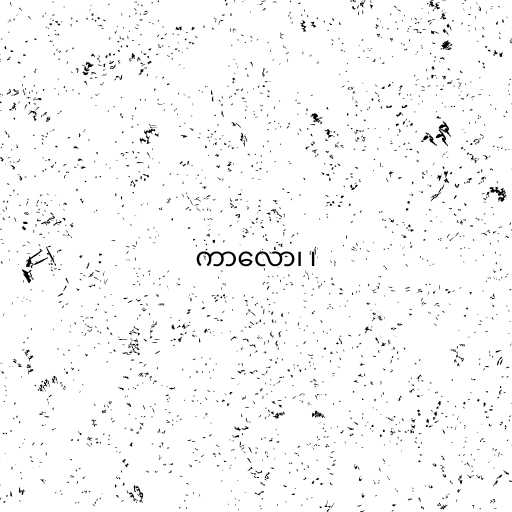
ကာလော၊ ၊